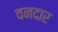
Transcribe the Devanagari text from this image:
वनदार